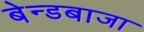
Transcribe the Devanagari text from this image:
बेन्डबाजा